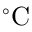
^ { \circ } \mathrm { C }